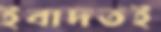
ইবাদতই